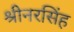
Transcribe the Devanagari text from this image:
श्रीनरसिंह